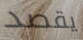
يقصد